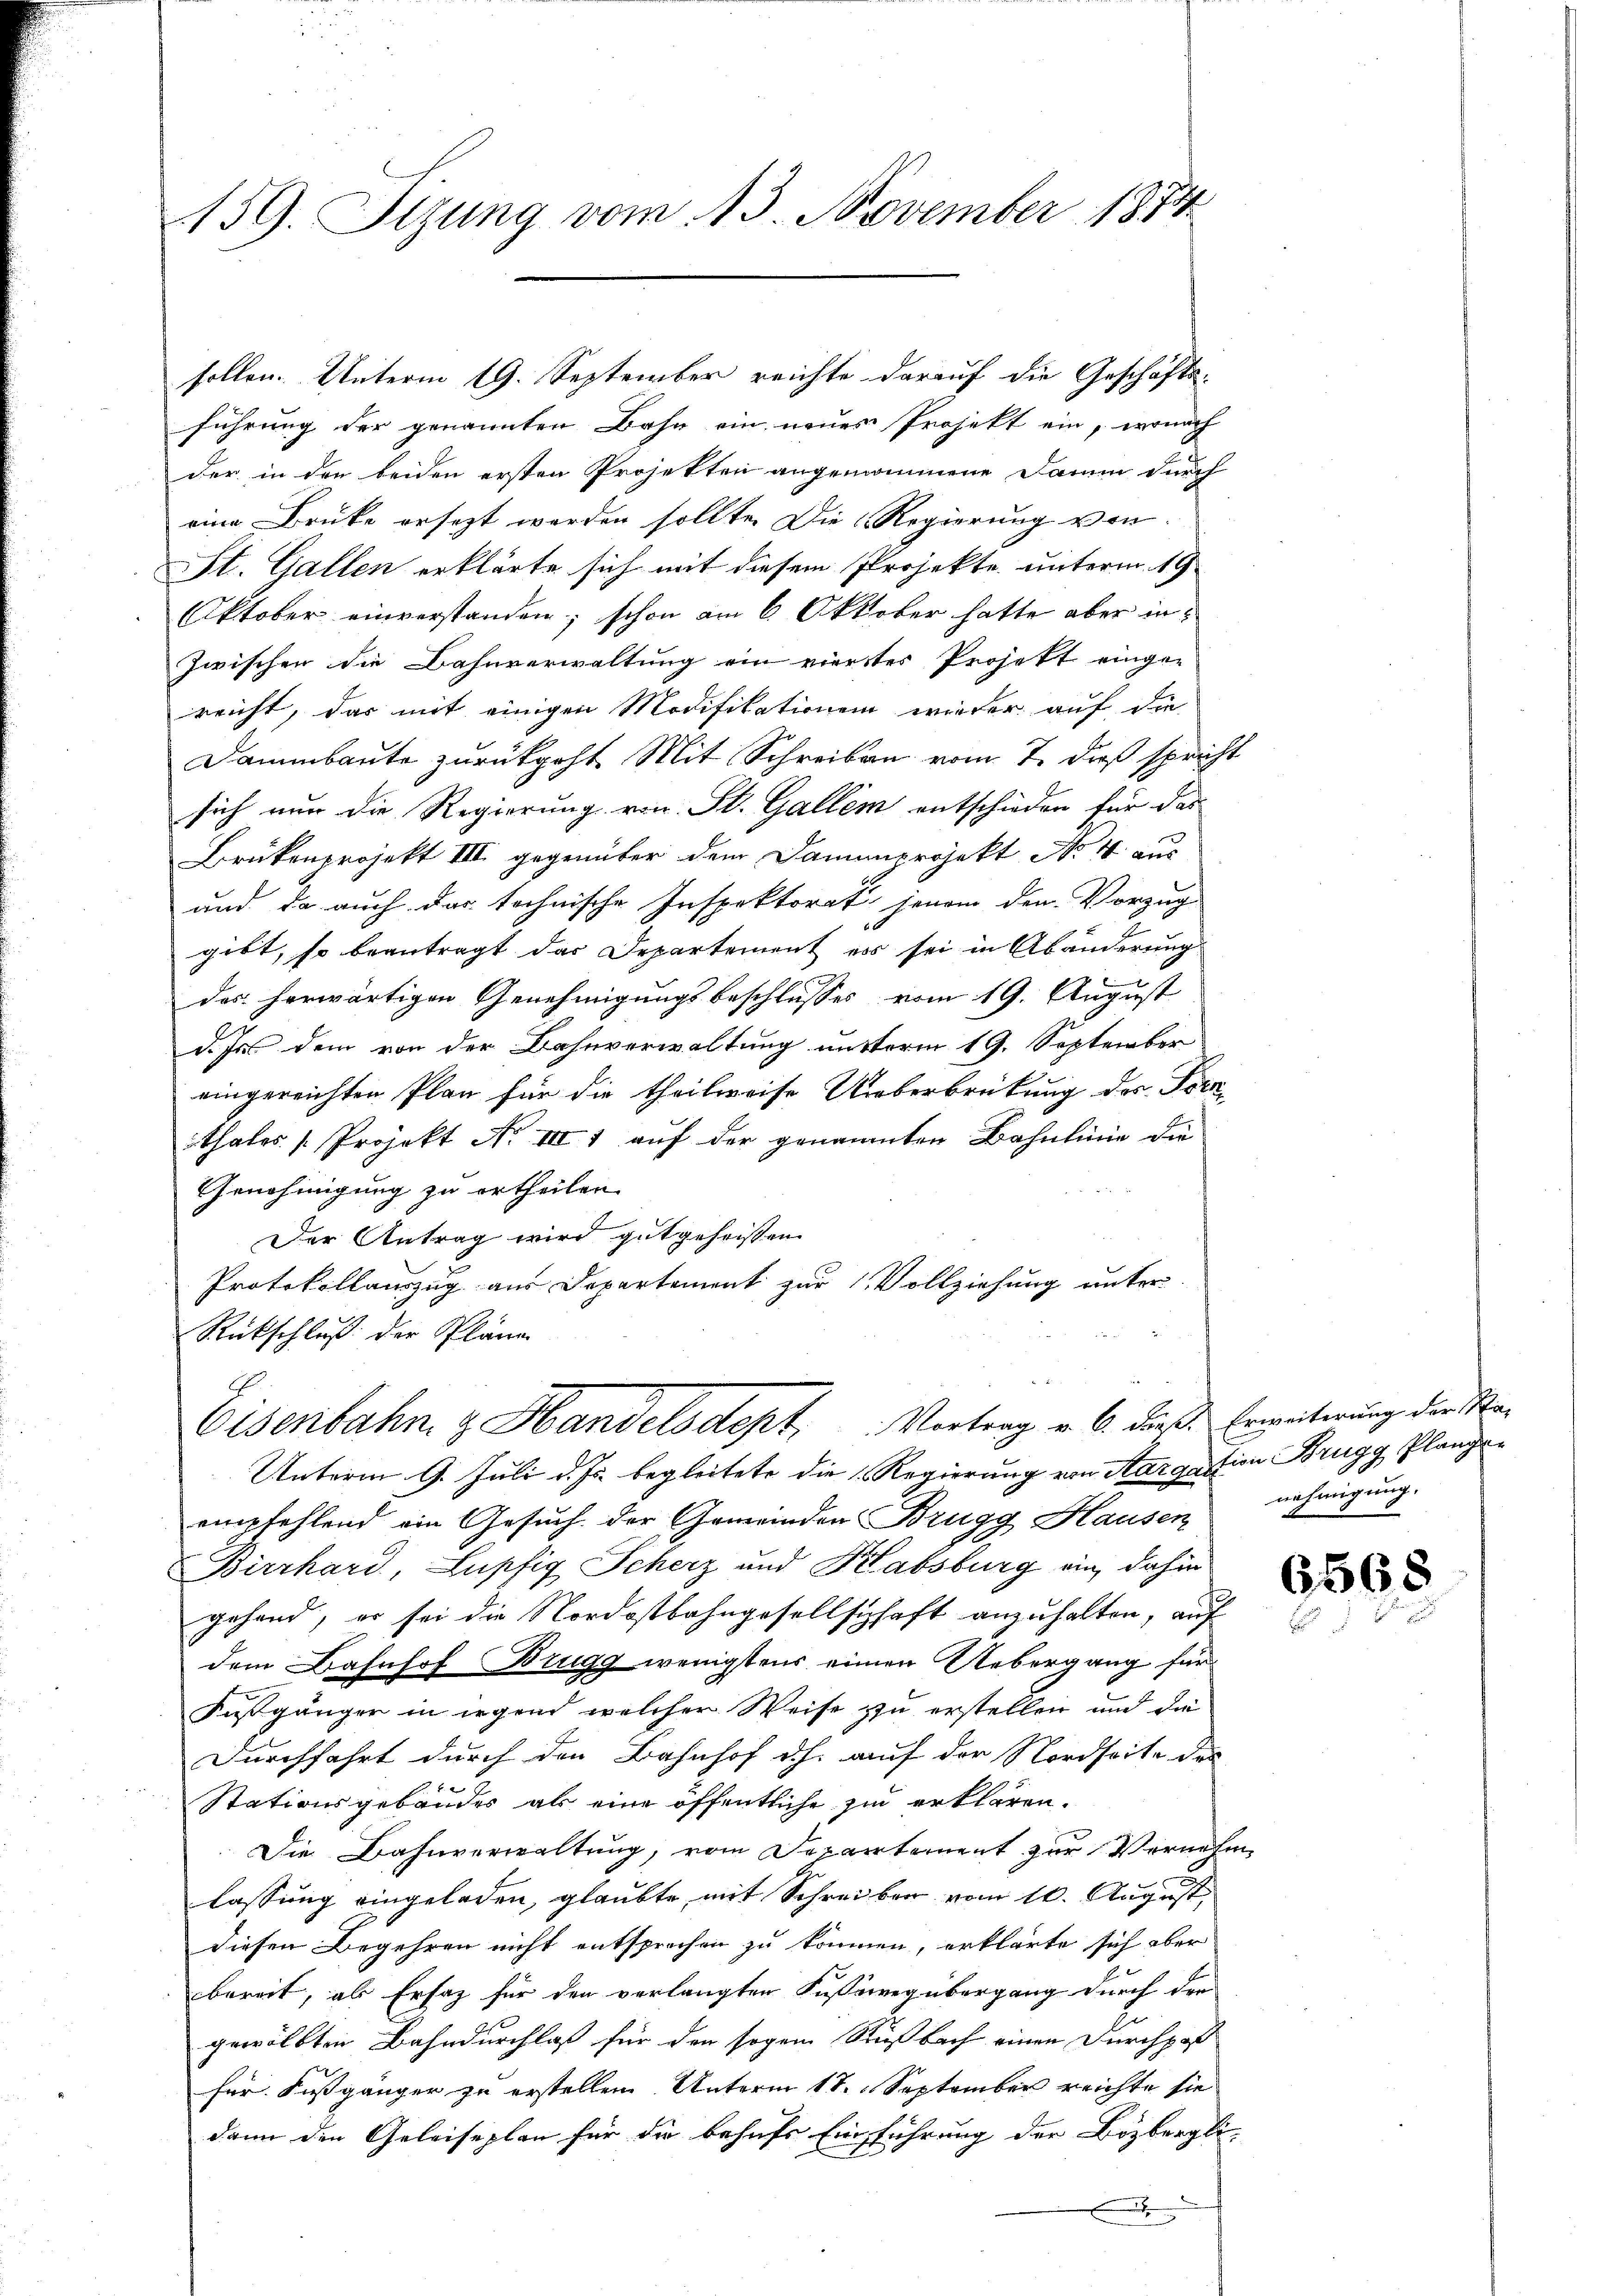
159. Sizung vom 13. November 1874

sollen. Unterm 19. September reichte darauf die Geschäftsführung der genannten Bahn ein neues Projekt ein, wonach
der in den beiden ersten Projekten angenommene Damm durch
eine Brüke ersezt werden sollte. Die Regierung von
St. Gallen erklärte sich mit diesem Projekte unterm 19.
Oktober einverstanden; schon am 6. Oktober hatte aber in
zwischen die Bahnverwaltung ein viertes Projekt eingereicht, das mit einigen Modifikationen wieder auf die
Dammbaute zurükgeht. Mit Schreiben vom 7. dieß spricht
sich nun die Regierung von St. Gallem entschieden für das
Brükenprojekt III gegenüber dem Damenprojekt No 4 aus
und da auch das technische Inspektorat jenem dem Vorzug
gibt, so beantragt das Departement es sei in Abänderung
das herwärtigen Genehmigungsbeschlusses vom 19. August
d. Js. dem von der Bahnverwaltung untterm 19. September
eingereichten Plan für die theilweise Ueberbrückung des Forthales [Projekt No III 1 auf der genannten Bahnlinie die
Genehmigung zu ertheilen
Der Antrag wird gutgeheißen
Protokollauszug aus Departement zur Vollziehung unter-
Rückschluß der Pläne
Eisenbahn & Handelsdept, Vortrag v. 6. dieß. Erweiterung der Sta¬
Unterm 9. Juli d. Js. begleitete die Regierung von Aargation Brugg Plangen
empfehlend ein Gesuch der Gemeinden Brugg Hausen nehmigung.
Birrhard, Lupfig Scherz und Habsburg ein, dahin
gehand, er sei die Nordostbahngesellschaft anzuhalten, auf
dem Bahnhof Brugg wenigstens einen Uebergang für
Fustgängen in irgend welcher Weise zu erstellen und da
Durchfahrt durch den Bahnhof dh. auf der Nordseite des
f
Stationsgebäudes als eine öffentliche zu erklären.
Die Bahnverwaltung, vom Departement zur Vernehmlassung eingeladen, glaubte, mit Schreiben vom 10. August,
diesen Begehren nicht entsprechen zu können, erklärte sich aber
bereit, als Ersatz für den verlangten Fussweg übergang durch der
gewölbten Bahndurchlaß für den sogen Rußbach einen Durchpaß
für Fussgänger zu erstellen Unterm 18. September reichte sie
dann den Geleiseplan für die behufs Einführung der Bözbergli-
x

6568
d